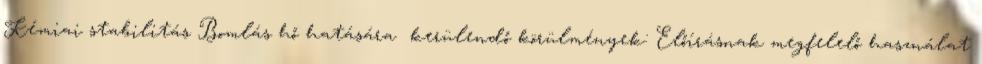
Kémiai stabilitás Bomlás hő hatására kerülendő körülmények: Előírásnak megfelelő használat